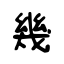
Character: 幾